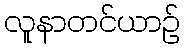
လူနာတင်ယာဉ်